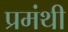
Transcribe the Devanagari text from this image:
प्रमंथी